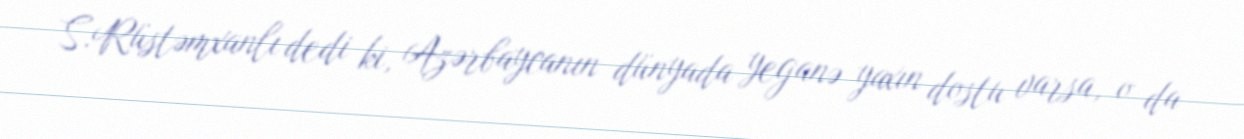
S.Rüstəmxanlı dedi ki, Azərbaycanın dünyada yeganə yaxın dostu varsa, o da